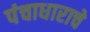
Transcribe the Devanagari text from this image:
पंचाधाराचे